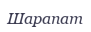
Шарапат